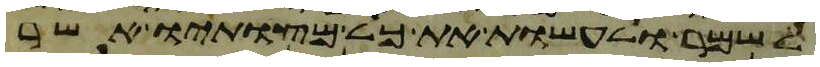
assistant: לשמר לעשות את כל מצותיו אשר